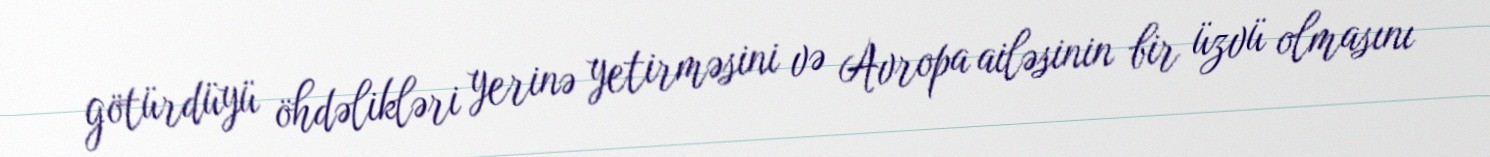
götürdüyü öhdəlikləri yerinə yetirməsini və Avropa ailəsinin bir üzvü olmasını